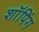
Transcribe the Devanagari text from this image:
शाॅपिंग